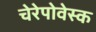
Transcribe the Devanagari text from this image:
चेरेपोवेस्क